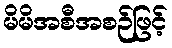
မိမိအစီအစဉ်ဖြင့်